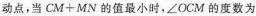
动点，当$$C M + M N$$的值最小时，∠OCM的度数为